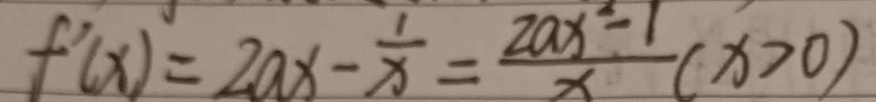
f ^ { \prime } ( x ) = 2 a x - \frac { 1 } { x } = \frac { 2 a x ^ { 2 } - 1 } { x } ( x > 0 )